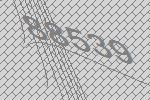
88539